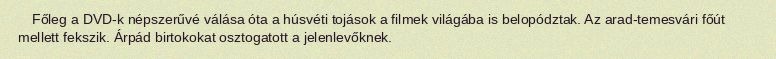
Főleg a DVD-k népszerűvé válása óta a húsvéti tojások a filmek világába is belopództak. Az arad-temesvári főút mellett fekszik. Árpád birtokokat osztogatott a jelenlevőknek.